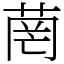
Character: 菵